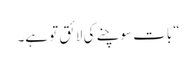
“ بات سوچنے کی لائق تو ہے۔